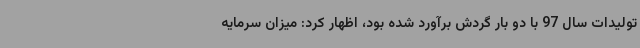
تولیدات سال 97 با دو بار گردش برآورد شده بود، اظهار کرد: میزان سرمایه